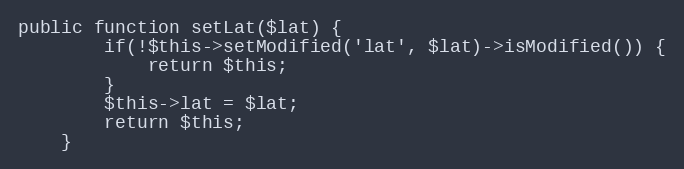
Language: PHP
public function setLat($lat) {
        if(!$this->setModified('lat', $lat)->isModified()) {
            return $this;
        }
		$this->lat = $lat;
		return $this;
    }